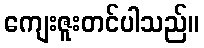
ကျေးဇူးတင်ပါသည်။